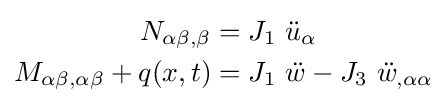
{\begin{aligned}N_{\alpha \beta ,\beta }&=J_{1}~{\ddot {u}}_{\alpha }\\M_{\alpha \beta ,\alpha \beta }+q(x,t)&=J_{1}~{\ddot {w}}-J_{3}~{\ddot {w}}_{,\alpha \alpha }\end{aligned}}